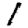
Digit: 1